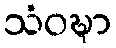
သံဝဍ္ဎာ